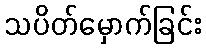
သပိတ်မှောက်ခြင်း